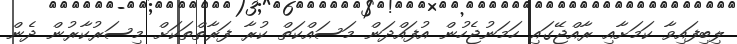
ލިބިފައިވާ ކަމަށާއި ރާއްޖޭގައި ހަމަނުޖެހުން އުފައްދަން މަސައްކަތް ކުރާ ފަރާތްތަކަށް މިސަރުކާރުން ދެން